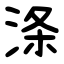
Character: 涤